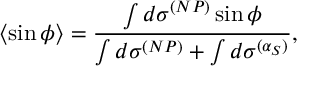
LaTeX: \langle \sin \phi \rangle = \frac { \int d \sigma ^ { ( N P ) } \sin \phi } { \int d \sigma ^ { ( N P ) } + \int d \sigma ^ { ( \alpha _ { S } ) } } ,